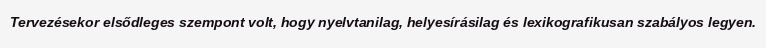
Tervezésekor elsődleges szempont volt, hogy nyelvtanilag, helyesírásilag és lexikografikusan szabályos legyen.